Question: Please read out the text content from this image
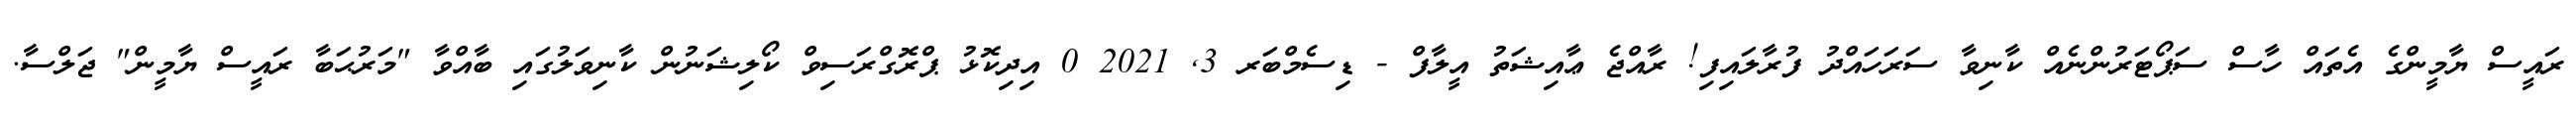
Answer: ރައީސް ޔާމީންގެ އެތައް ހާސް ސަޕޯޓަރުންނެއް ކާނިވާ ސަރަހައްދު ފުރާލައިފި! ރާއްޖެ ޢާއިޝަތު އީލާފް - ޑިސެމްބަރ 3, 2021 0 އިދިކޮޅު ޕްރޮގްރަސިވް ކޯލިޝަނުން ކާނިވަލުގައި ބާއްވާ "މަރުޙަބާ ރައީސް ޔާމީން" ޖަލްސާ.